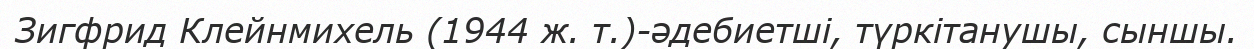
Зигфрид Клейнмихель (1944 ж. т.)-әдебиетші, түркітанушы, сыншы.